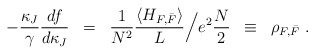
\begin{align*}- \frac{\kappa_J}{\gamma}\frac{df}{d\kappa_J} \; \; = \; \; \frac{1}{N^2}\frac{\langle H_{F,\bar{F}} \rangle}{L} \Big/ e^2\frac{N}{2} \; \; \equiv\; \; \rho_{F,\bar{F}} \; .\end{align*}